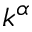
k ^ { \alpha }